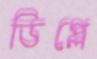
ডিপ্লে